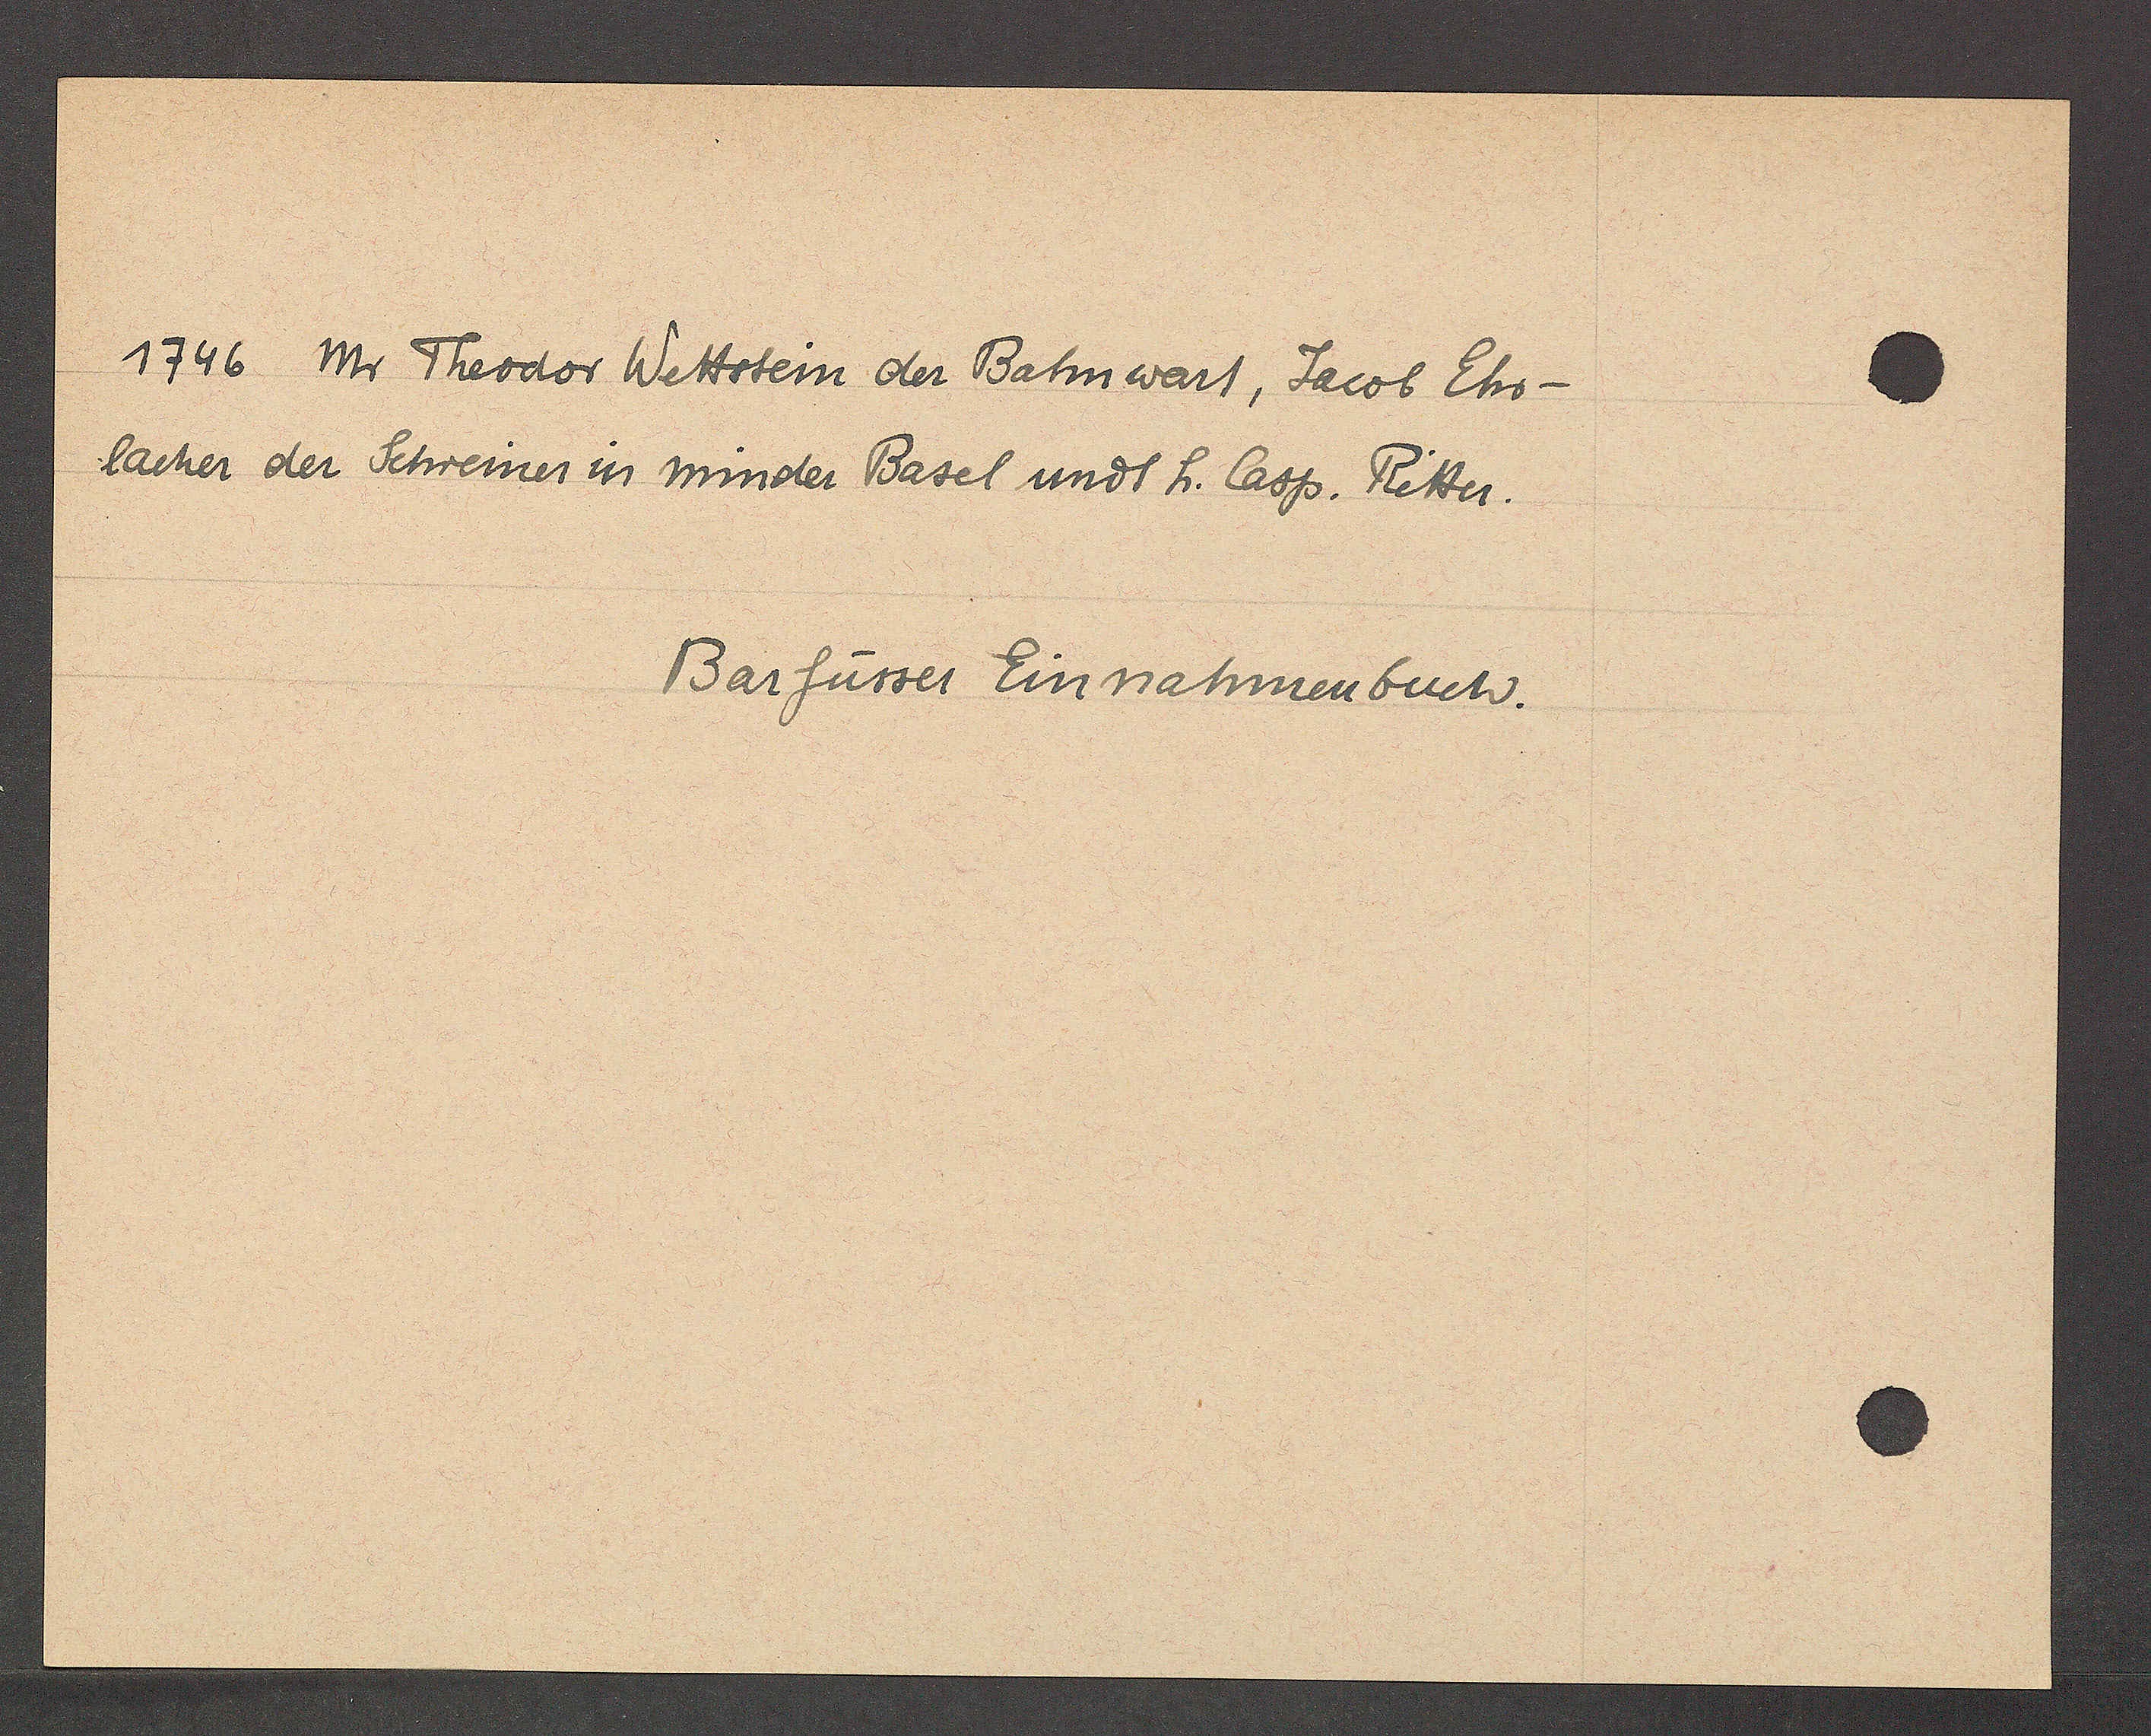
Transcript:
1746 Mr Theodor Wettstein der Bahnwart, Jacob Ehr-
lacher der Schreiner in minder Basel undt h. Casp. Ritter.

Barfüsser Einnahmenbuch.